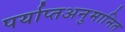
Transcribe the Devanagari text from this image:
पर्याप्तअनुमानित